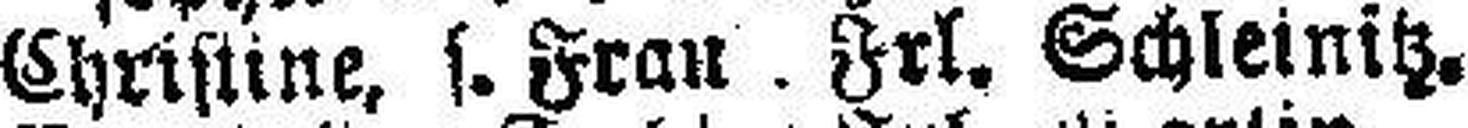
Christine, s. Frau . Frl. Schleinitz.